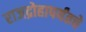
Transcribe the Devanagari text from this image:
राजद्रोहापर्यंतचे